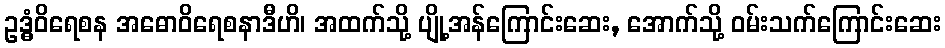
ဥဒ္ဓံဝိရေစန အဓောဝိရေစနာဒီဟိ၊ အထက်သို့ ပျို့အန်ကြောင်းဆေး, အောက်သို့ ဝမ်းသက်ကြောင်းဆေး